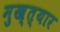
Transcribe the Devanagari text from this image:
मुख्त्यार